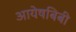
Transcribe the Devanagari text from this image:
आयेषबिबी